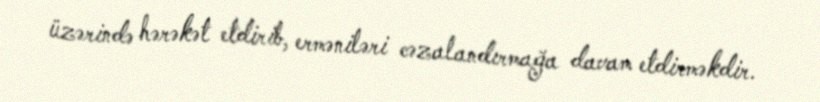
üzərində hərəkət etdirib, erməniləri cəzalandırmağa davam etdirməkdir.